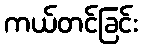
ကယ်တင်ခြင်း